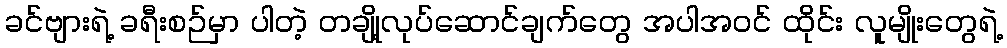
ခင်ဗျားရဲ့ ခရီးစဉ်မှာ ပါတဲ့ တချို့လုပ်ဆောင်ချက်တွေ အပါအဝင် ထိုင်း လူမျိုးတွေရဲ့